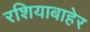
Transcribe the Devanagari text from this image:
रशियाबाहेर